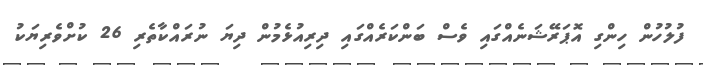
ފުލުހުން ހިންގި އޮޕަރޭޝަނެއްގައި ވެސް ބަންކަރެއްގައި ދިރިއުޅެމުން ދިޔަ ނުރައްކާތެރި 26 ކުށްވެރިޔަކު